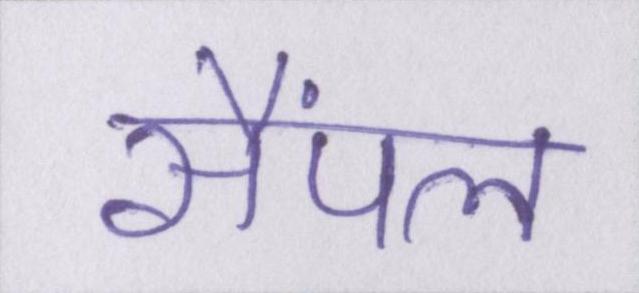
सैंपल